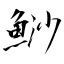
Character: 鯋